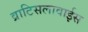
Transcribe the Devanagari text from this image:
व्राटिसलावाईस